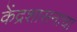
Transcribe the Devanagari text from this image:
केंद्रशासनाचा